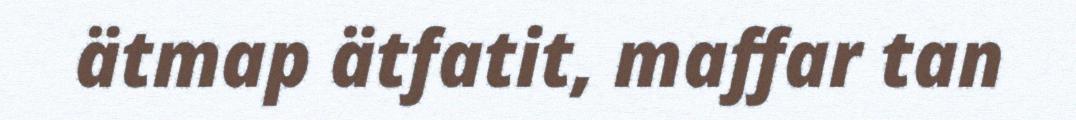
ätmap ätfatit, maffar tan